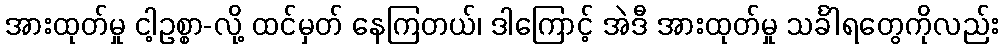
အားထုတ်မှု ငါ့ဥစ္စာ-လို့ ထင်မှတ် နေကြတယ်၊ ဒါကြောင့် အဲဒီ အားထုတ်မှု သင်္ခါရတွေကိုလည်း